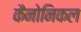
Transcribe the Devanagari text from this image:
कैनोनिकल